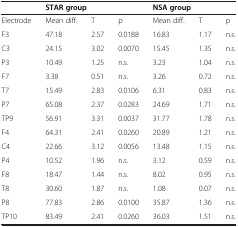
|  | <COLSPAN=3> STAR group | <COLSPAN=3> NSA group |
 | --- | --- | --- | --- | --- | --- | --- |
 | Electrode | Mean diff. | T | p | Mean diff. | T | p |
 | F3 | 47.18 | 2.57 | 0.0188 | 16.83 | 1.17 | n.s. |
 | C3 | 24.15 | 3.02 | 0.0070 | 15.45 | 1.35 | n.s. |
 | P3 | 10.49 | 1.25 | n.s. | 3.23 | 1.04 | n.s. |
 | F7 | 3.38 | 0.51 | n.s. | 3.26 | 0.72 | n.s. |
 | T7 | 15.49 | 2.83 | 0.0106 | 6.31 | 0.83 | n.s. |
 | P7 | 65.08 | 2.37 | 0.0283 | 24.69 | 1.71 | n.s. |
 | TP9 | 56.91 | 3.31 | 0.0037 | 31.77 | 1.78 | n.s. |
 | F4 | 64.31 | 2.41 | 0.0260 | 20.89 | 1.21 | n.s. |
 | C4 | 22.66 | 3.12 | 0.0056 | 13.48 | 1.15 | n.s. |
 | P4 | 10.52 | 1.96 | n.s. | 3.12 | 0.59 | n.s. |
 | F8 | 18.47 | 1.44 | n.s. | 8.02 | 0.95 | n.s. |
 | T8 | 30.60 | 1.87 | n.s. | 1.08 | 0.07 | n.s. |
 | P8 | 77.83 | 2.86 | 0.0100 | 35.87 | 1.36 | n.s. |
 | TP10 | 83.49 | 2.41 | 0.0260 | 36.03 | 1.51 | n.s. |